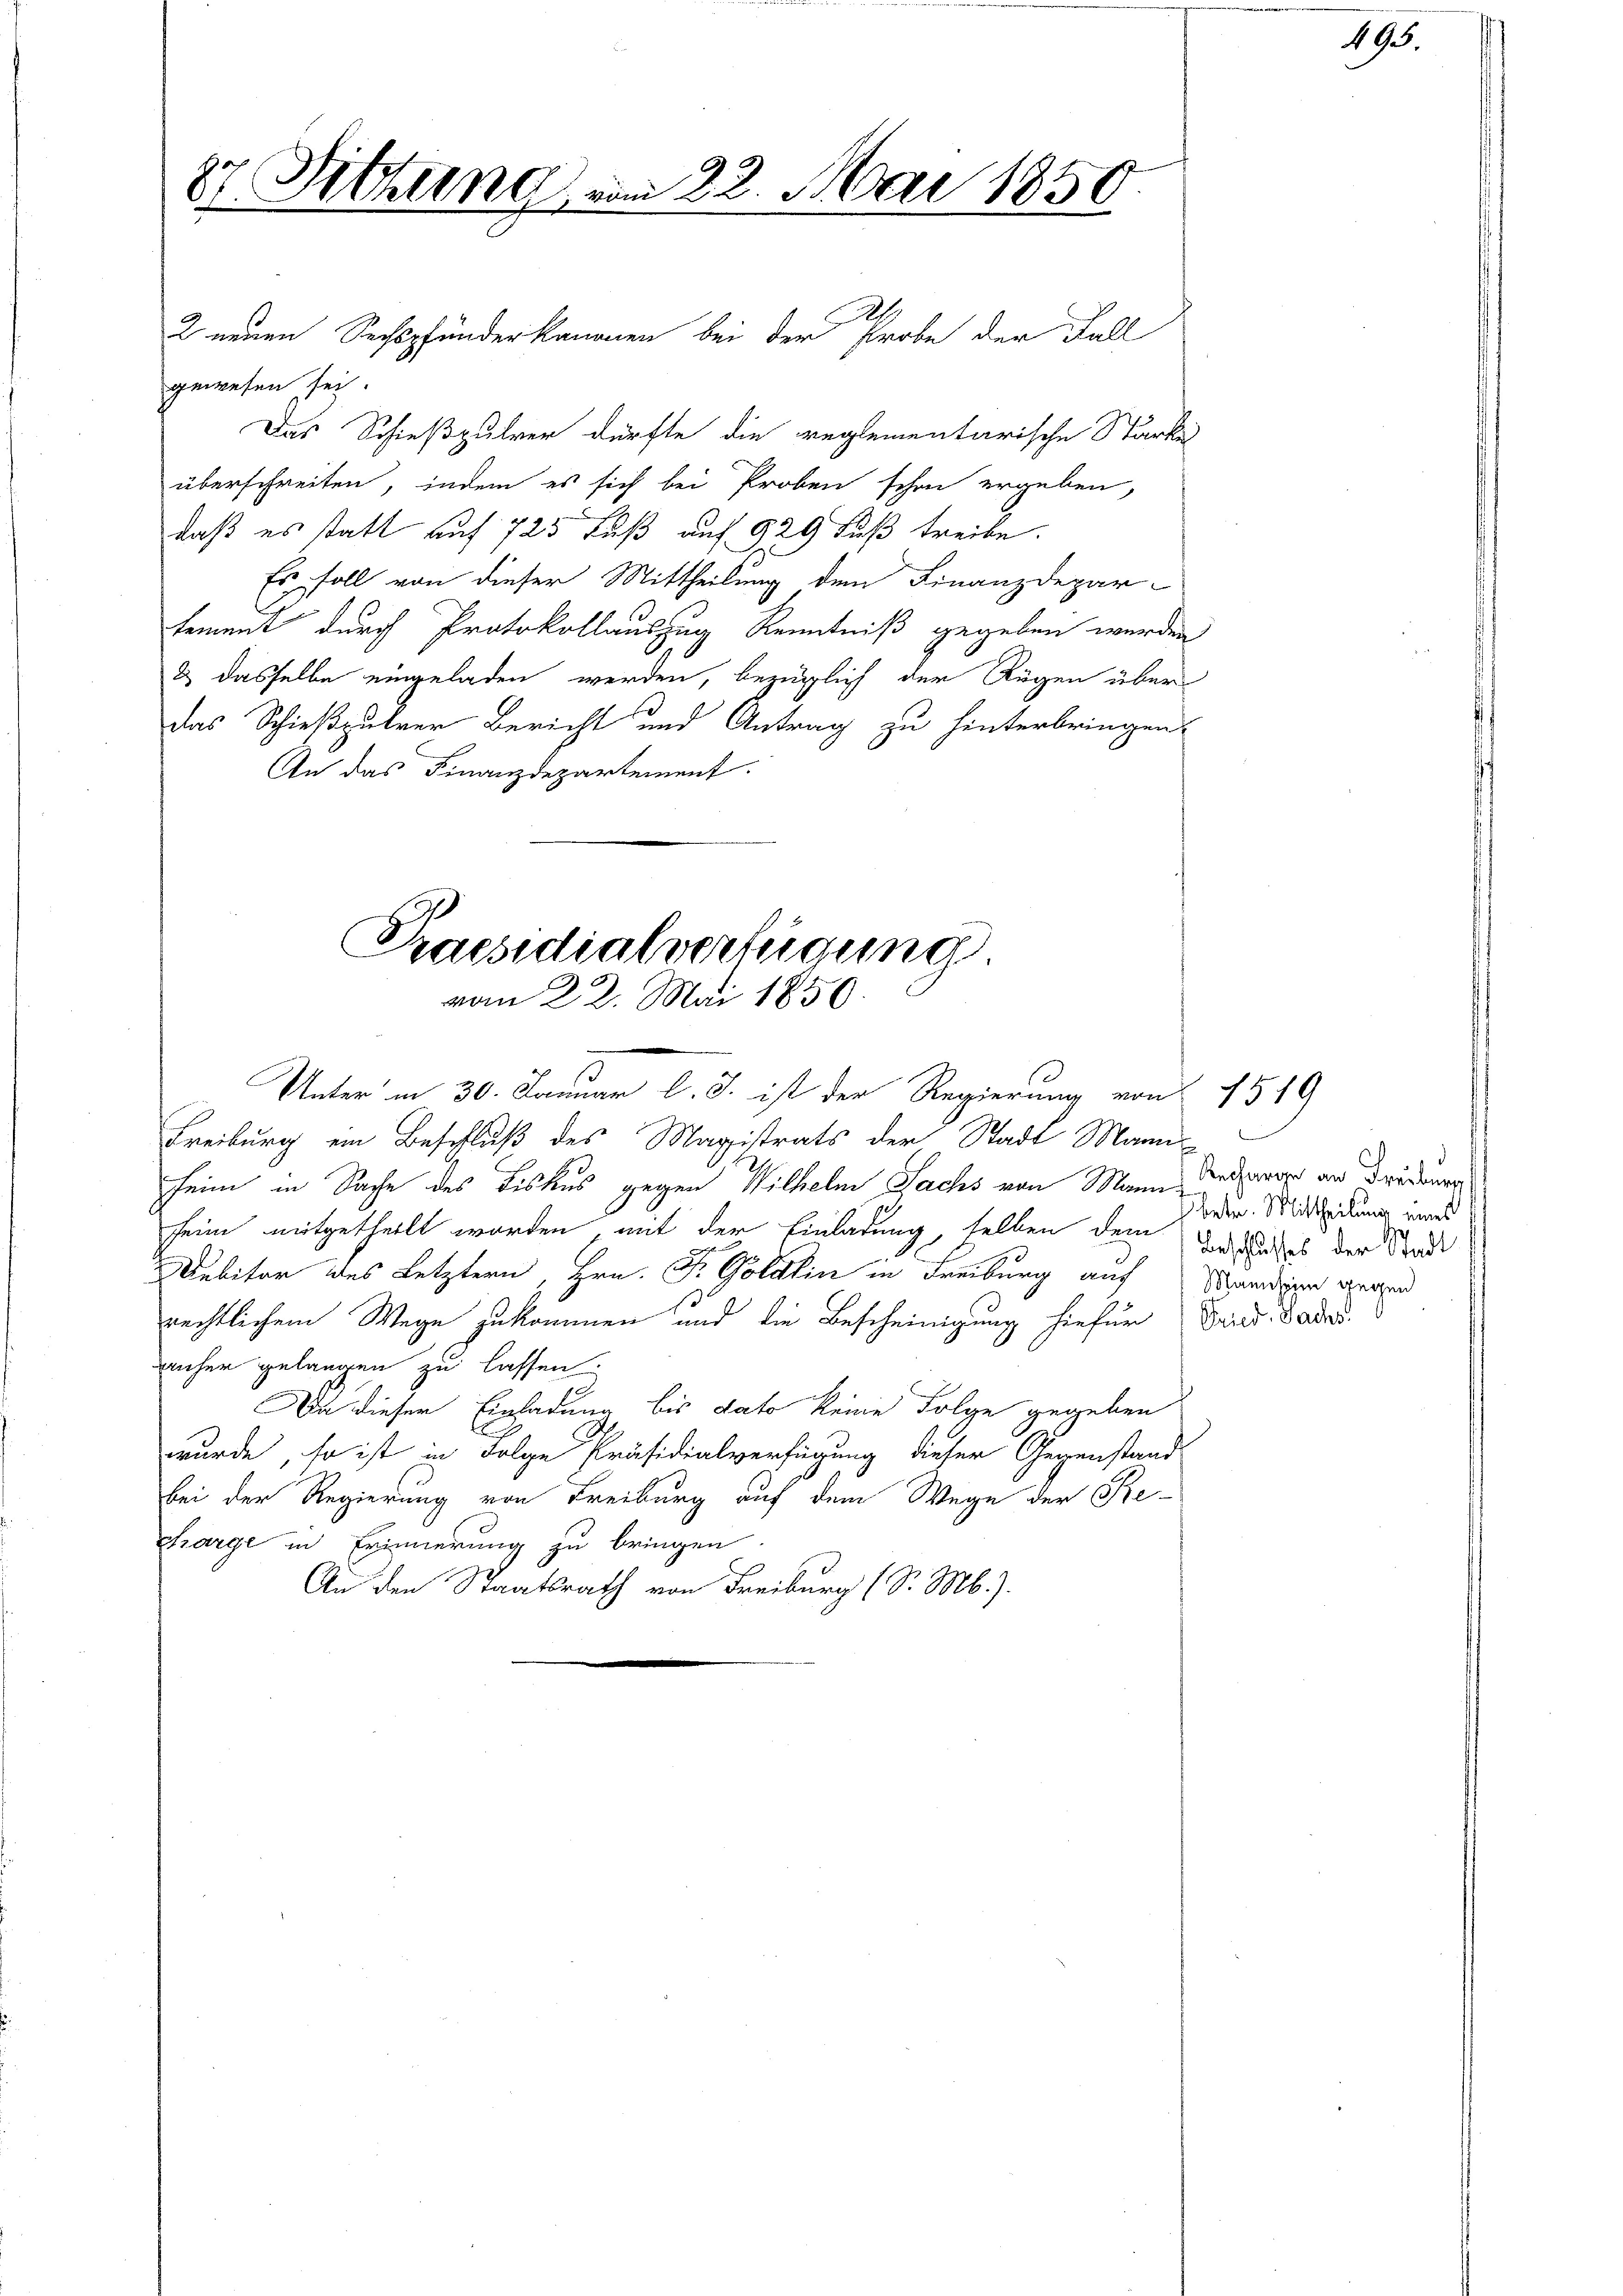
J
27. Sitzung vom 22. Mai 1850.

gewesen sei.
Das Schießpulver dürfte die reglementarische Stärke
überschreiten, indem es sich bei Proben schon ergeben,
daß es statt auf 725 Fuß auf 929 Fuß treibe.
Es soll von dieser Mittheilung dem Finanzdepar-
tement durch Protokollauszug Kenntniß gegeben werden
& dasselbe eingeladen werden, bezüglich der Rügen über
Das Schießpulver Bericht und Antrag zu hinterbringen,
An das Finanzdepartement.

2 neuen Sechspfunder kanonen bei der Probe der Fall

Praesidialverfügung
vom 22. Mai 1850.
Unter in 30. Januar l. J. ist der Regierung von 1549

Freiburg ein Beschluß des Magistrats der Stadt Manne
heim in Sache des Biskus gegen Wilhelm Sachs von Mann, Reiserer an Dreiung
seine mitgetheilt worden mit der Einladung, selben dem Weises der Stadt
Debitor des Letztern, Hrn. Fr. Göldlin in Freiburg auf Standen gegend
rechtlichem Wege zukommen und die Bescheinigung hiefür Brid. Fade
anher gelangen zu lassen.
Da dieser Einladung bis dato keine Folge gegeben
wurde, so ist in Folge Präsidialverfügung dieser Gegenstand
bei der Regierung von Freiburg auf dem Wege der Re-
charge in Erinnerung zu bringen
An den Staatsrath von Freiburg (S. M.).

495.

betr. Mittheilung eines